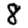
Digit: 8